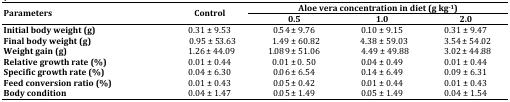
<table><thead><tr><td rowspan="2"><b>Parameters</b></td><td rowspan="2"><b>Control</b></td><td colspan="3"><b>Aloe vera concentration in diet (g kg<sup>-1</sup>)</b></td></tr><tr><td><b>0.5</b></td><td><b>1.0</b></td><td><b>2.0</b></td></tr></thead><tbody><tr><td><b>Initial body weight (g)</b></td><td>0.31 ± 9.53</td><td>0.54 ± 9.76</td><td>0.10 ± 9.15</td><td>0.31 ± 9.47</td></tr><tr><td><b>Final body weight (g)</b></td><td> 0.95 ± 53.63</td><td> 1.49 ± 60.82</td><td> 4.38 ± 59.03</td><td> 3.54 ± 54.02</td></tr><tr><td><b>Weight gain </b><b>(g)</b></td><td> 1.26 ± 44.09</td><td>1.089 ± 51.06</td><td> 4.49 ± 49.88</td><td> 3.02 ± 44.88</td></tr><tr><td><b>Relative growth rate (%)</b></td><td>0.01 ± 0.44</td><td>0.01 ± 0. 50</td><td>0.04 ± 0.49</td><td>0.01 ± 0.44</td></tr><tr><td><b>Specific</b><b> growth rate </b><b>(%)</b></td><td>0.04 ± 6.30</td><td>0.06 ± 6.54</td><td>0.14 ± 6.49</td><td>0.09 ± 6.31</td></tr><tr><td><b>Feed conversion ratio (%)</b></td><td>0.01 ± 0.43</td><td>0.05 ± 0.42</td><td>0.01 ± 0.44</td><td>0.01 ± 0.43</td></tr><tr><td><b>Body condition</b></td><td>0.04 ± 1.47</td><td>0.05 ± 1.49</td><td>0.05 ± 1.49</td><td>0.04 ± 1.54</td></tr></tbody></table>